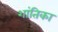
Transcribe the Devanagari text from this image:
शांतिका